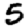
Digit: 5